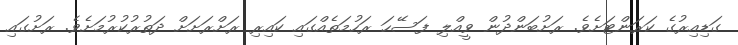
ގަޑިއިރުގެ ކަރަންޓަށެވެ. ރަށުބަންދުން ވީއްލި ފަސޭހަ ރަހުމަތެއްގައި ކައިރި ރަށްރަށަށް ދަތުރުކުރުމަށެވެ. ރަށުގައި